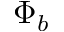
\Phi _ { b }